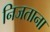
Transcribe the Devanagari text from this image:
निजताना